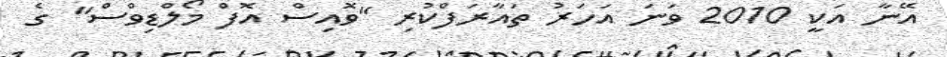
އޭނާ އަކީ 2010 ވަނަ އަހަރު ތައާރަފްކުރި "ވޮއިސް އޮފް މޯލްޑިވްސް" ގެ